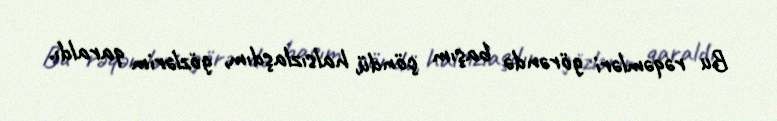
Bu rəqəmləri görəndə başım çöndü, halsızlaşdım, gözlərim qaraldı.